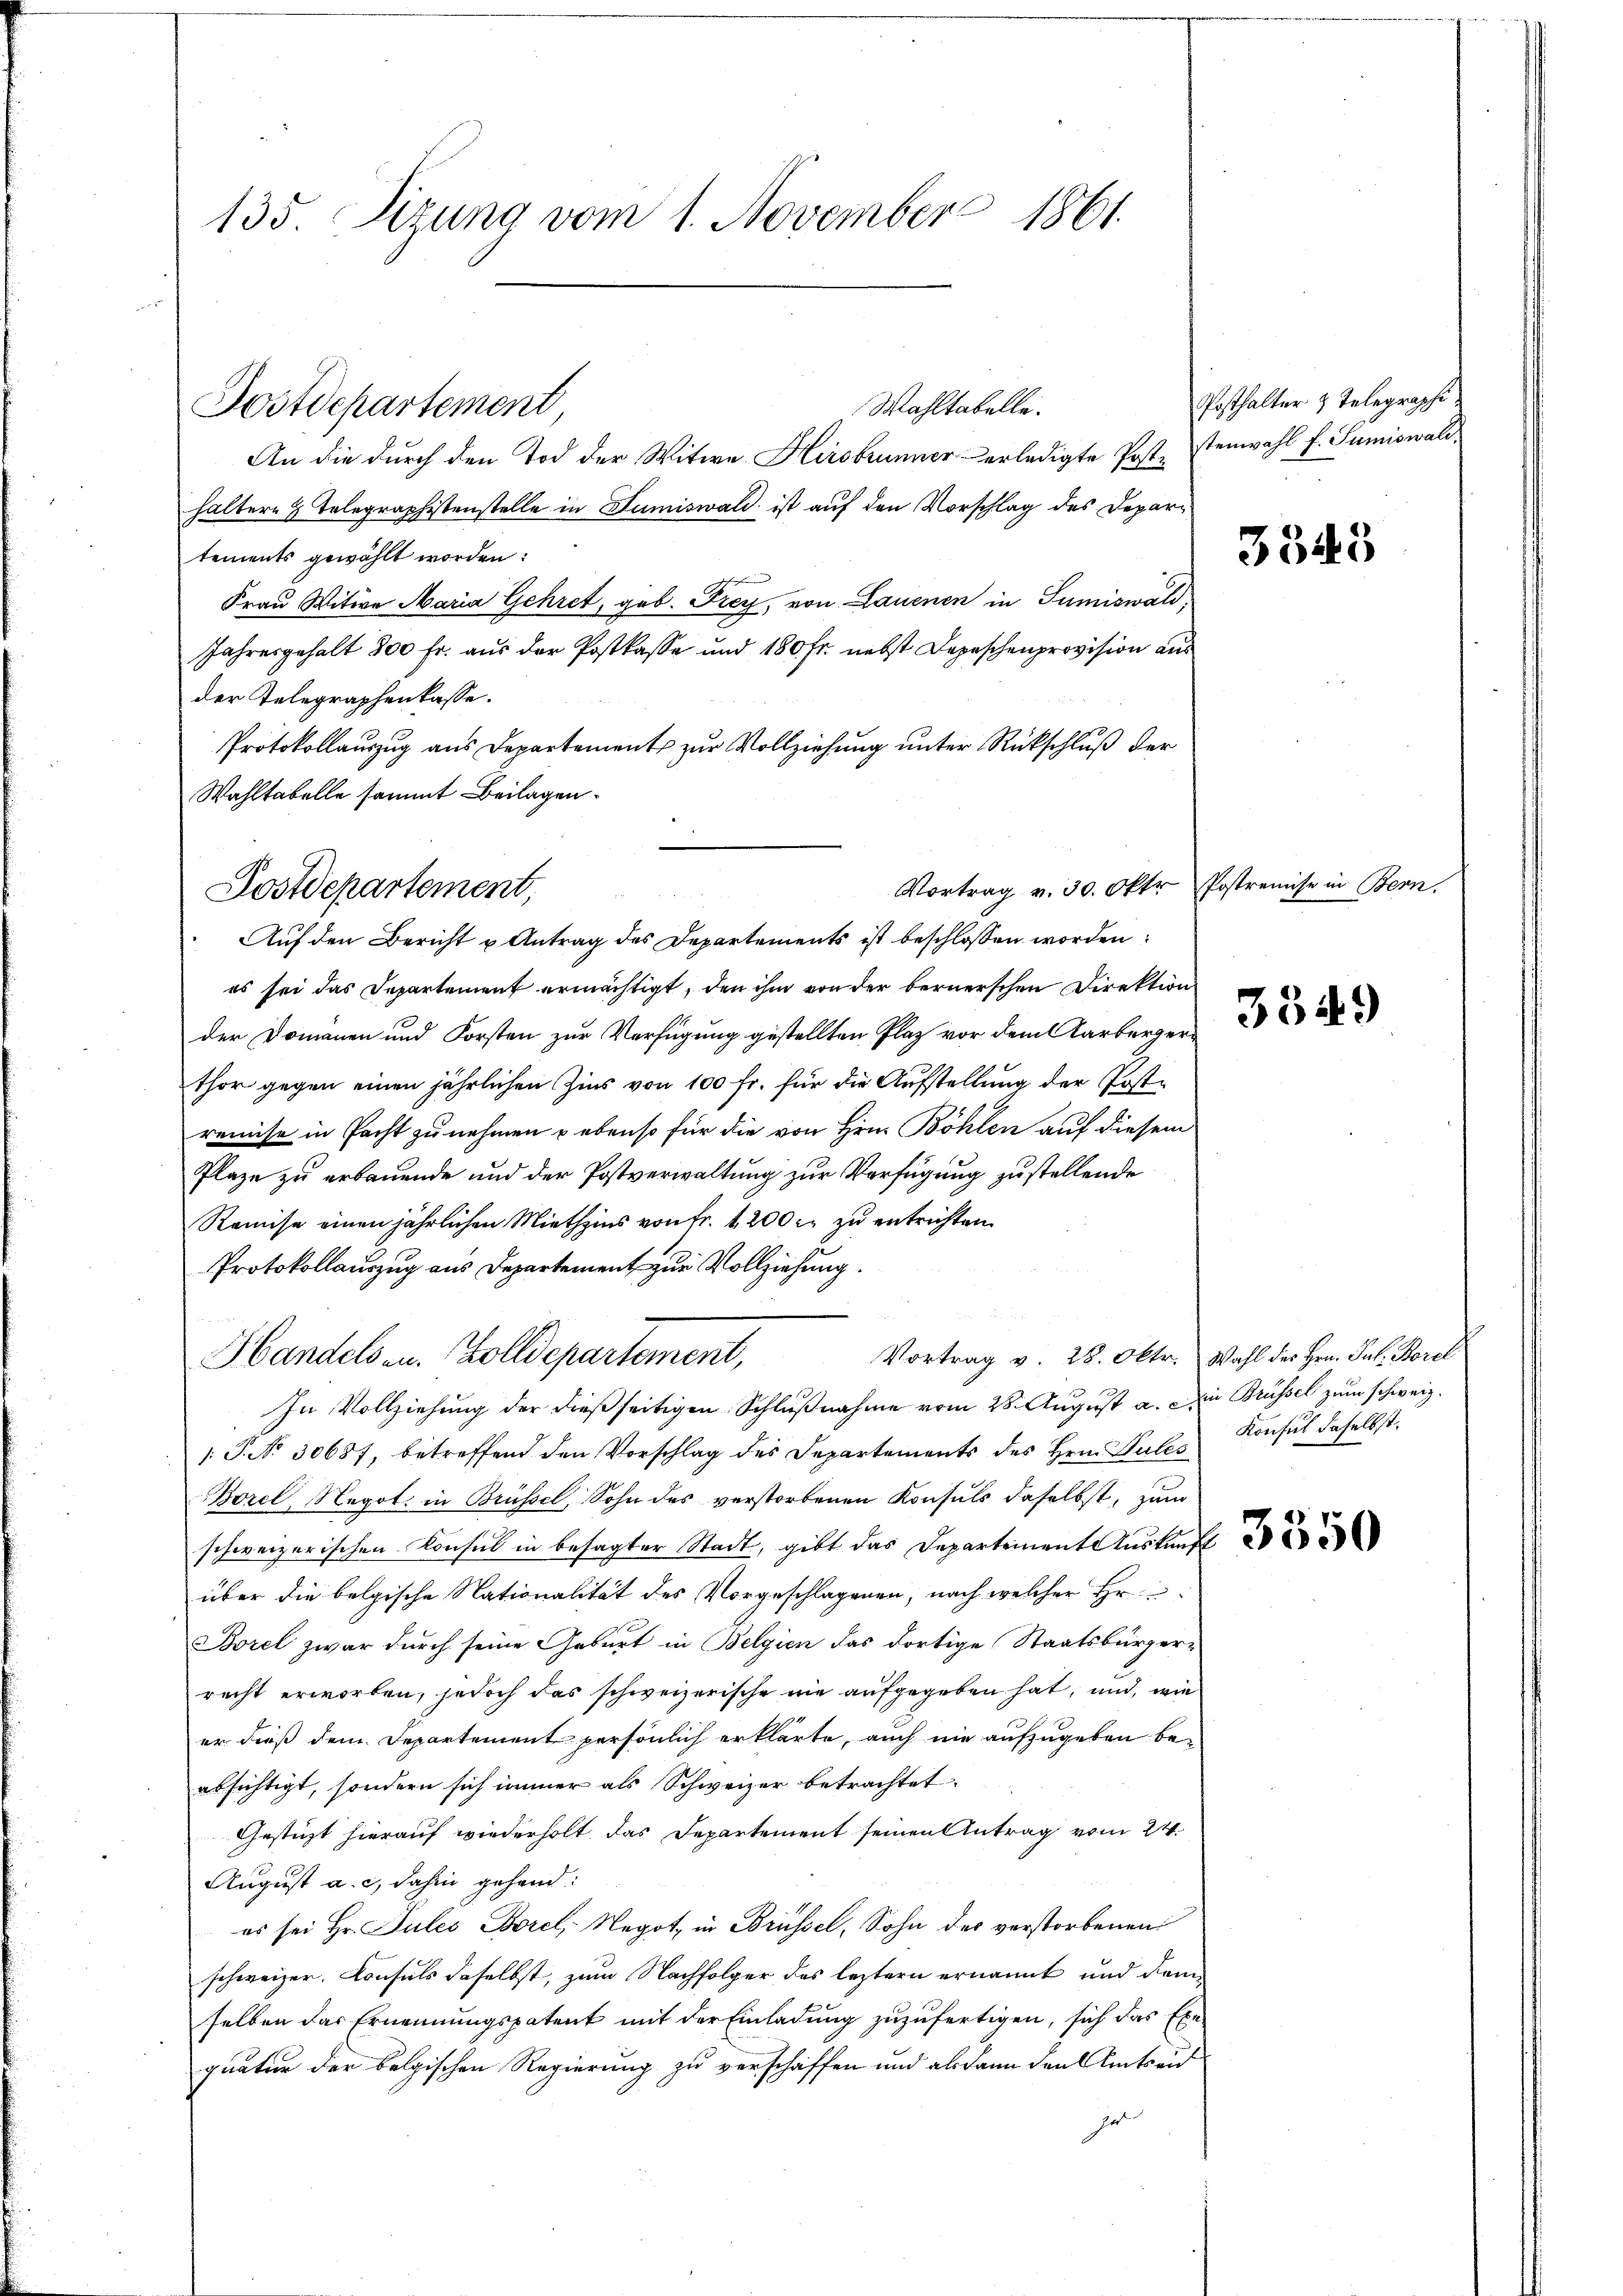
135. Sitzung vom 1. November 1861.

Postdepartement

An die durch den Tod der Witwe Hirsbrunnererledigte Poststenwahl f. Sumiswald
haltern 4 Telegraphistenstelle in Sumiswald ist auf den Vorschlag des Departements gewählt worden:
Frau Witwe Maria Gehret, geb. Frey, von Lauenen in Tumiswald,
Jahresgehalt 800 fr. aus der Postkasse und 180 fr. nebst Depeschenprovision aus
der Telegraphenkasse.
Protokollauszug aus Departement zur Vollziehung unter Rückschluß der
Wahltabelle sammt Beilagen.

Auf den Bericht u Antrag des Departements ist beschlossen worden:
es sei das Departement ermächtigt, den ihm von der bernerschen Direktion
der Domanen und Forsten zur Verfügung gestellten Plaz vor dem Aarbergerthor gegen einen jährlichen Zins von 100 fr. für die Aufstellung der Kostremise in Pacht zu nehmen u ebenso für die von Hrn. Böhlen auf diesem
Plaze zu erbauende und der Postverwaltung zur Verfügung zustellende
Ramise einen jährlichen Miethzins von Fr. 1200 r. zu entrichten.
Protokollauszug aus Departement zur Vollziehung.
Vortrag v. 28. Oktr. Wahl des Hrn. Jul. Borel
In Vollziehung der dießseitigen Schlußnahme vom 28. August a. Die Brüssel zum schweiz.
1: J. No. 30687, betreffend den Vorschlag des Departements des Hrn. Sules Konsul daselbst
Borel, Negot. in Brüssel, Sohn des verstorbenen Konsuls daselbst, zum
schweizerischen Konsul in besagter Stadt, gibt das Departement Auskunft
über die belgische Nationalität des Vorgeschlagenen, nach welcher Hr.
Borel zwar durch seine Geburt in Belgien das dortige Staatsbürger-
recht erworben, jedoch das schweizerische nie aufgegeben hat, und, wie
er dieß dem Departement persönlich erklärte, auch nie aufzugeben beabsichtigt, sondern sich immer als Schweizer betrachtet.
Gestüzt hierauf wiederholt das Departement seinen Antrag vom 24.
August a. c. dahin gehend:
es sei Hr. Sules Borel, Negot in Brüssel, Sohn des verstorbenen
schweizer. Consuls daselbst, zum Nachfolger des leztern ernannt und dam
selben das Ernennungspatent mit der Einladung zuzufertigen, sich das Exe-
quatur der belgischen Regierung zu verschaffen und alsdann den Amtseid
ha

Postdepartement,

Wahltabelle.

Vortrag v. 30. Oktor Postremise in Bern.

¬
Handels an. Zolldepartement,

Posthalter & Telegraphi

3545

3349